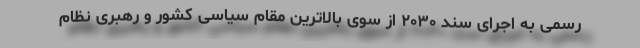
رسمی به اجرای سند ۲۰۳۰ از سوی بالاترین مقام سیاسی کشور و رهبری نظام